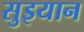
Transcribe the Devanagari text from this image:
सुइयान